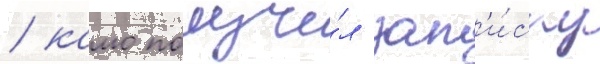
/ камо получи́л зап'и́ску